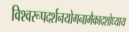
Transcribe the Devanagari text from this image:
विश्वरूपदर्शनयोगनामैकादशोध्याय